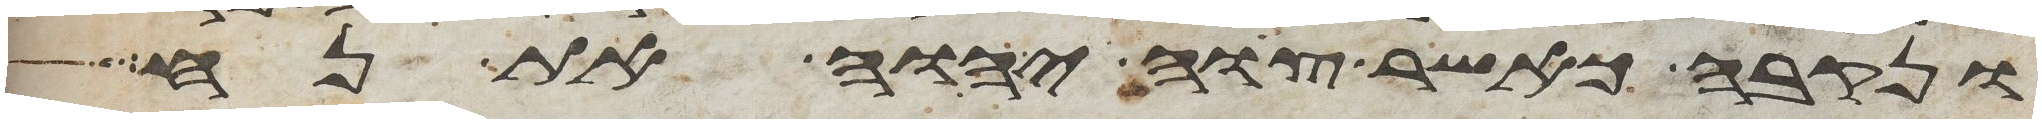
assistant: ונקבה כאשר צוה יהוה את נח